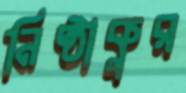
নিষ্ঠাকুর